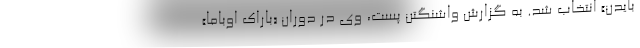
بایدن» انتخاب شد. به گزارش واشنگتن پُست، وی در دوران «باراک اوباما»